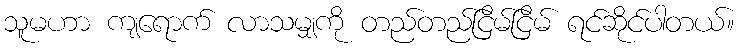
သူမဟာ ကျရောက် လာသမျှကို တည်တည်ငြိမ်ငြိမ် ရင်ဆိုင်ပါတယ်။